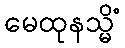
မေထုနသ္မိံ